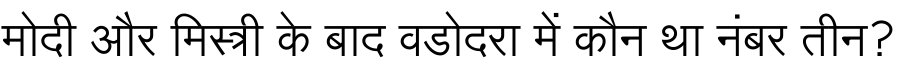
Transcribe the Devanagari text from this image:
मोदी और मिस्त्री के बाद वडोदरा में कौन था नंबर तीन?